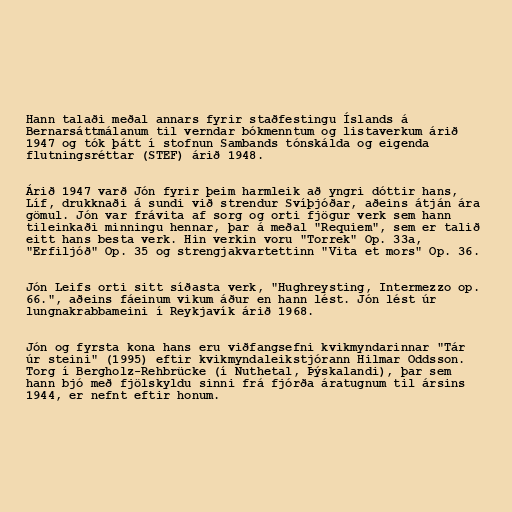
Hann talaði meðal annars fyrir staðfestingu Íslands á
Bernarsáttmálanum til verndar bókmenntum og listaverkum árið
1947 og tók þátt í stofnun Sambands tónskálda og eigenda
flutningsréttar (STEF) árið 1948.

Árið 1947 varð Jón fyrir þeim harmleik að yngri dóttir hans,
Líf, drukknaði á sundi við strendur Svíþjóðar, aðeins átján ára
gömul. Jón var frávita af sorg og orti fjögur verk sem hann
tileinkaði minningu hennar, þar á meðal "Requiem", sem er talið
eitt hans besta verk. Hin verkin voru "Torrek" Op. 33a,
"Erfiljóð" Op. 35 og strengjakvartettinn "Vita et mors" Op. 36.

Jón Leifs orti sitt síðasta verk, "Hughreysting, Intermezzo op.
66.", aðeins fáeinum vikum áður en hann lést. Jón lést úr
lungnakrabbameini í Reykjavík árið 1968.

Jón og fyrsta kona hans eru viðfangsefni kvikmyndarinnar "Tár
úr steini" (1995) eftir kvikmyndaleikstjórann Hilmar Oddsson.
Torg í Bergholz-Rehbrücke (í Nuthetal, Þýskalandi), þar sem
hann bjó með fjölskyldu sinni frá fjórða áratugnum til ársins
1944, er nefnt eftir honum.